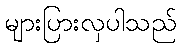
များပြားလှပါသည်